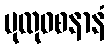
ပုထုဝစနာနံ